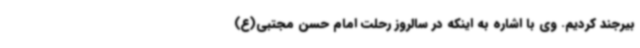
بیرجند کردیم. وی با اشاره به اینکه در سالروز رحلت امام حسن مجتبی(ع)